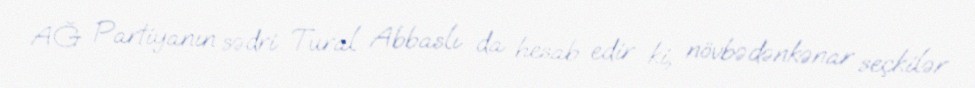
AĞ Partiyanın sədri Tural Abbaslı da hesab edir ki, növbədənkənar seçkilər